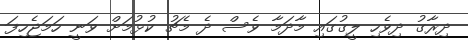
ދިރާގު ދިވެހި ލީގުގައި މާދަމާ ވެސް ދެ މެޗު ކުޅުމަށް ވަނީ ހަމަޖެހިފަ